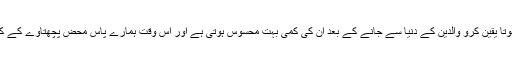
جب زندہ ہوں تو شاید ہمیں ان کا احساس نہیں ہوتا یقین کرو والدین کے دنیا سے جانے کے بعد ان کی کمی بہت محسوس ہوتی ہے اور اس وقت ہمارے پاس محض پچھتاوے کے کچھ بھی نہیں ہوتا پھر یہ وقت لوٹ کا نہیں آتا ۔